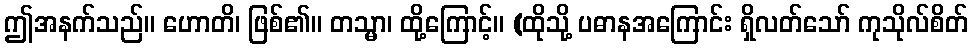
ဤအနက်သည်။ ဟောတိ၊ ဖြစ်၏။ တသ္မာ၊ ထို့ကြောင့်။ (ထိုသို့ ပဓာနအကြောင်း ရှိလတ်သော် ကုသိုလ်စိတ်